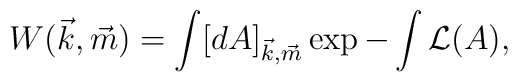
W(\vec{k},\vec{m}) = \int [dA]_{\vec{k},\vec{m}} \exp - \int {\cal L}(A),